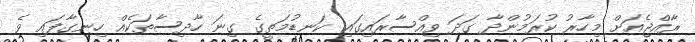
ރާއްޖެއަށް މިހާރު ކުރަމުންދާ ގަދަ ވިއްސާރައިގައި ކަނޑުމަތީގެ ގިނަ ހާދިސާތަކެއް ހިނގާފައި ވެ